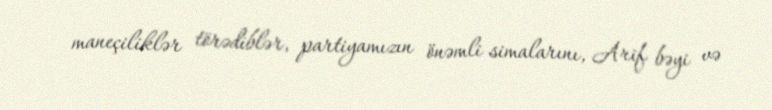
maneçiliklər törədiblər, partiyamızın önəmli simalarını, Arif bəyi və